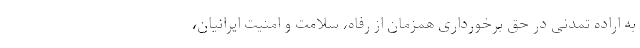
به اراده تمدنی در حق برخورداری همزمان از رفاه، سلامت و امنیت ایرانیان،